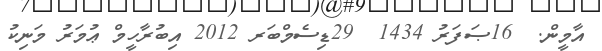
އާމީން.  16ޞަފަރު 1434  29ޑިސެމްބަރ 2012 އިބުރާހީމް ޢުމަރު މަނިކު